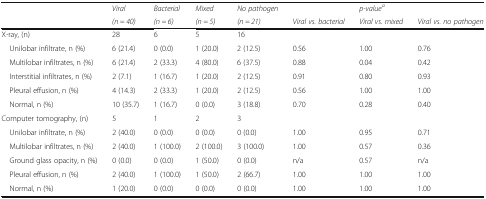
<table><thead><tr><td rowspan="2"></td><td><b><i>Viral</i></b></td><td><b><i>Bacterial</i></b></td><td><b><i>Mixed</i></b></td><td><b><i>No pathogen</i></b></td><td></td><td><b><i>p-value</i><sup><i>a</i></sup></b></td><td></td></tr><tr><td><b><i>(n = 40)</i></b></td><td><b><i>(n = 6)</i></b></td><td><b><i>(n = 5)</i></b></td><td><b><i>(n = 21)</i></b></td><td><b><i>Viral vs. bacterial</i></b></td><td><b><i>Viral vs. mixed</i></b></td><td><b><i>Viral vs. no pathogen</i></b></td></tr></thead><tbody><tr><td>X-ray, (n)</td><td>28</td><td>6</td><td>5</td><td>16</td><td></td><td></td><td></td></tr><tr><td> Unilobar infiltrate, n (%)</td><td>6 (21.4)</td><td>0 (0.0)</td><td>1 (20.0)</td><td>2 (12.5)</td><td>0.56</td><td>1.00</td><td>0.76</td></tr><tr><td> Multilobar infiltrates, n (%)</td><td>6 (21.4)</td><td>2 (33.3)</td><td>4 (80.0)</td><td>6 (37.5)</td><td>0.88</td><td>0.04</td><td>0.42</td></tr><tr><td> Interstitial infiltrates, n (%)</td><td>2 (7.1)</td><td>1 (16.7)</td><td>1 (20.0)</td><td>2 (12.5)</td><td>0.91</td><td>0.80</td><td>0.93</td></tr><tr><td> Pleural effusion, n (%)</td><td>4 (14.3)</td><td>2 (33.3)</td><td>1 (20.0)</td><td>2 (12.5)</td><td>0.56</td><td>1.00</td><td>1.00</td></tr><tr><td> Normal, n (%)</td><td>10 (35.7)</td><td>1 (16.7)</td><td>0 (0.0)</td><td>3 (18.8)</td><td>0.70</td><td>0.28</td><td>0.40</td></tr><tr><td>Computer tomography, (n)</td><td>5</td><td>1</td><td>2</td><td>3</td><td></td><td></td><td></td></tr><tr><td> Unilobar infiltrate, n (%)</td><td>2 (40.0)</td><td>0 (0.0)</td><td>0 (0.0)</td><td>0 (0.0)</td><td>1.00</td><td>0.95</td><td>0.71</td></tr><tr><td> Multilobar infiltrates, n (%)</td><td>2 (40.0)</td><td>1 (100.0)</td><td>2 (100.0)</td><td>3 (100.0)</td><td>1.00</td><td>0.57</td><td>0.36</td></tr><tr><td> Ground glass opacity, n (%)</td><td>0 (0.0)</td><td>0 (0.0)</td><td>1 (50.0)</td><td>0 (0.0)</td><td>n/a</td><td>0.57</td><td>n/a</td></tr><tr><td> Pleural effusion, n (%)</td><td>2 (40.0)</td><td>1 (100.0)</td><td>1 (50.0)</td><td>2 (66.7)</td><td>1.00</td><td>1.00</td><td>1.00</td></tr><tr><td> Normal, n (%)</td><td>1 (20.0)</td><td>0 (0.0)</td><td>0 (0.0)</td><td>0 (0.0)</td><td>1.00</td><td>1.00</td><td>1.00</td></tr></tbody></table>